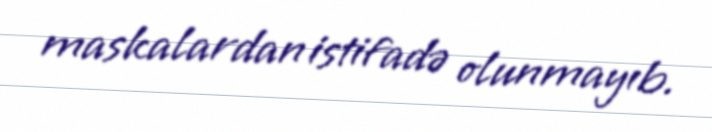
maskalardan istifadə olunmayıb.